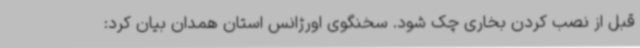
قبل از نصب کردن بخاری چک شود. سخنگوی اورژانس استان همدان بیان کرد: